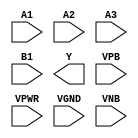
module sky130_fd_sc_lp__o31ai (
    //# {{data|Data Signals}}
    input  A1  ,
    input  A2  ,
    input  A3  ,
    input  B1  ,
    output Y   ,

    //# {{power|Power}}
    input  VPB ,
    input  VPWR,
    input  VGND,
    input  VNB
);
endmodule